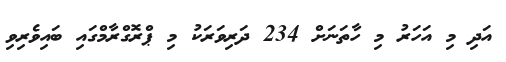
އަދި މި އަހަރު މި ހާތަނަށް 234 ދަރިވަރަކު މި ޕްރޮގްރާމްގައި ބައިވެރިވި